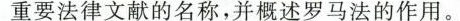
重要法律文献的名称，并概述罗马法的作用。